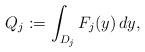
LaTeX: \begin{align*}Q_j:=\int_{D_{j}}F_j(y)\,dy,\end{align*}